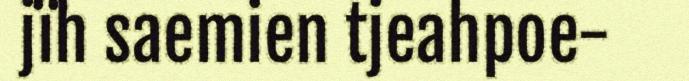
jïh saemien tjeahpoe-